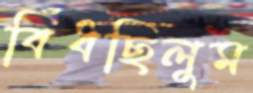
বিঁধছিলুম